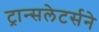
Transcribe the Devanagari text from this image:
ट्रान्सलेटर्सने